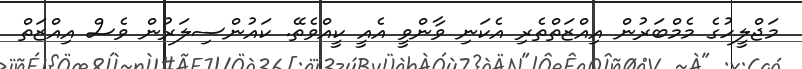
މަޖްލީހުގެ މެމްބަރުން އިއްޒަތްތެރި އެކަނި ވާންވީ އެއީ ކީއްވެތޭ. ކައުންސިލަރުން ވެސް އިއްޒަތް